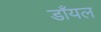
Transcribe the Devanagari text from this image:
डाँयल